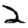
Digit: 2